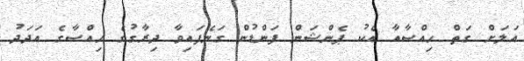
އަލަށް ގަތް ހިއްސާއާ އެކު ޕެންޝަން ފަންޑުން ގަނެފައިވާ ދިރާގުގެ ހިއްސާގެ އަދަދު